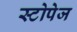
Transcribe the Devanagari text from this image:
स्टोपेज